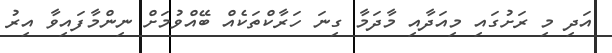
އަދި މި ރަށުގައި މިއަދާއި މާދަމާ ގިނަ ހަރާކްތަކެއް ބޭއްވުމަށް ނިންމާފައިވާ އިރު